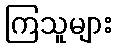
ကြသူများ